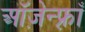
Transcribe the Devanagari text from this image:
ऑज़ेन्फ़्राँ